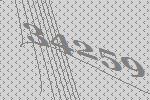
34259